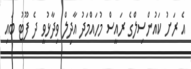
އެ ރަށު ކައުންސިލްގެ ރައީސް މުހައްމަދު އާދިލް ވިދާޅުވީ ދެ ފޫޓު ބައި